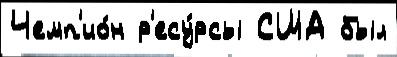
Чемп'ио́н р'есу́рсы США был